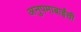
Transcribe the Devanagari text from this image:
अनुपमाबाईंची